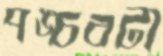
পঙ্চবটী